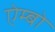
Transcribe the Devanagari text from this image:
ऐम्बो